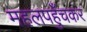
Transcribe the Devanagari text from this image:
महलपहुँचकर